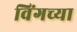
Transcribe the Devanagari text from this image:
विंगच्या